V__Kingissepa_nim__kolhoos, lk 16
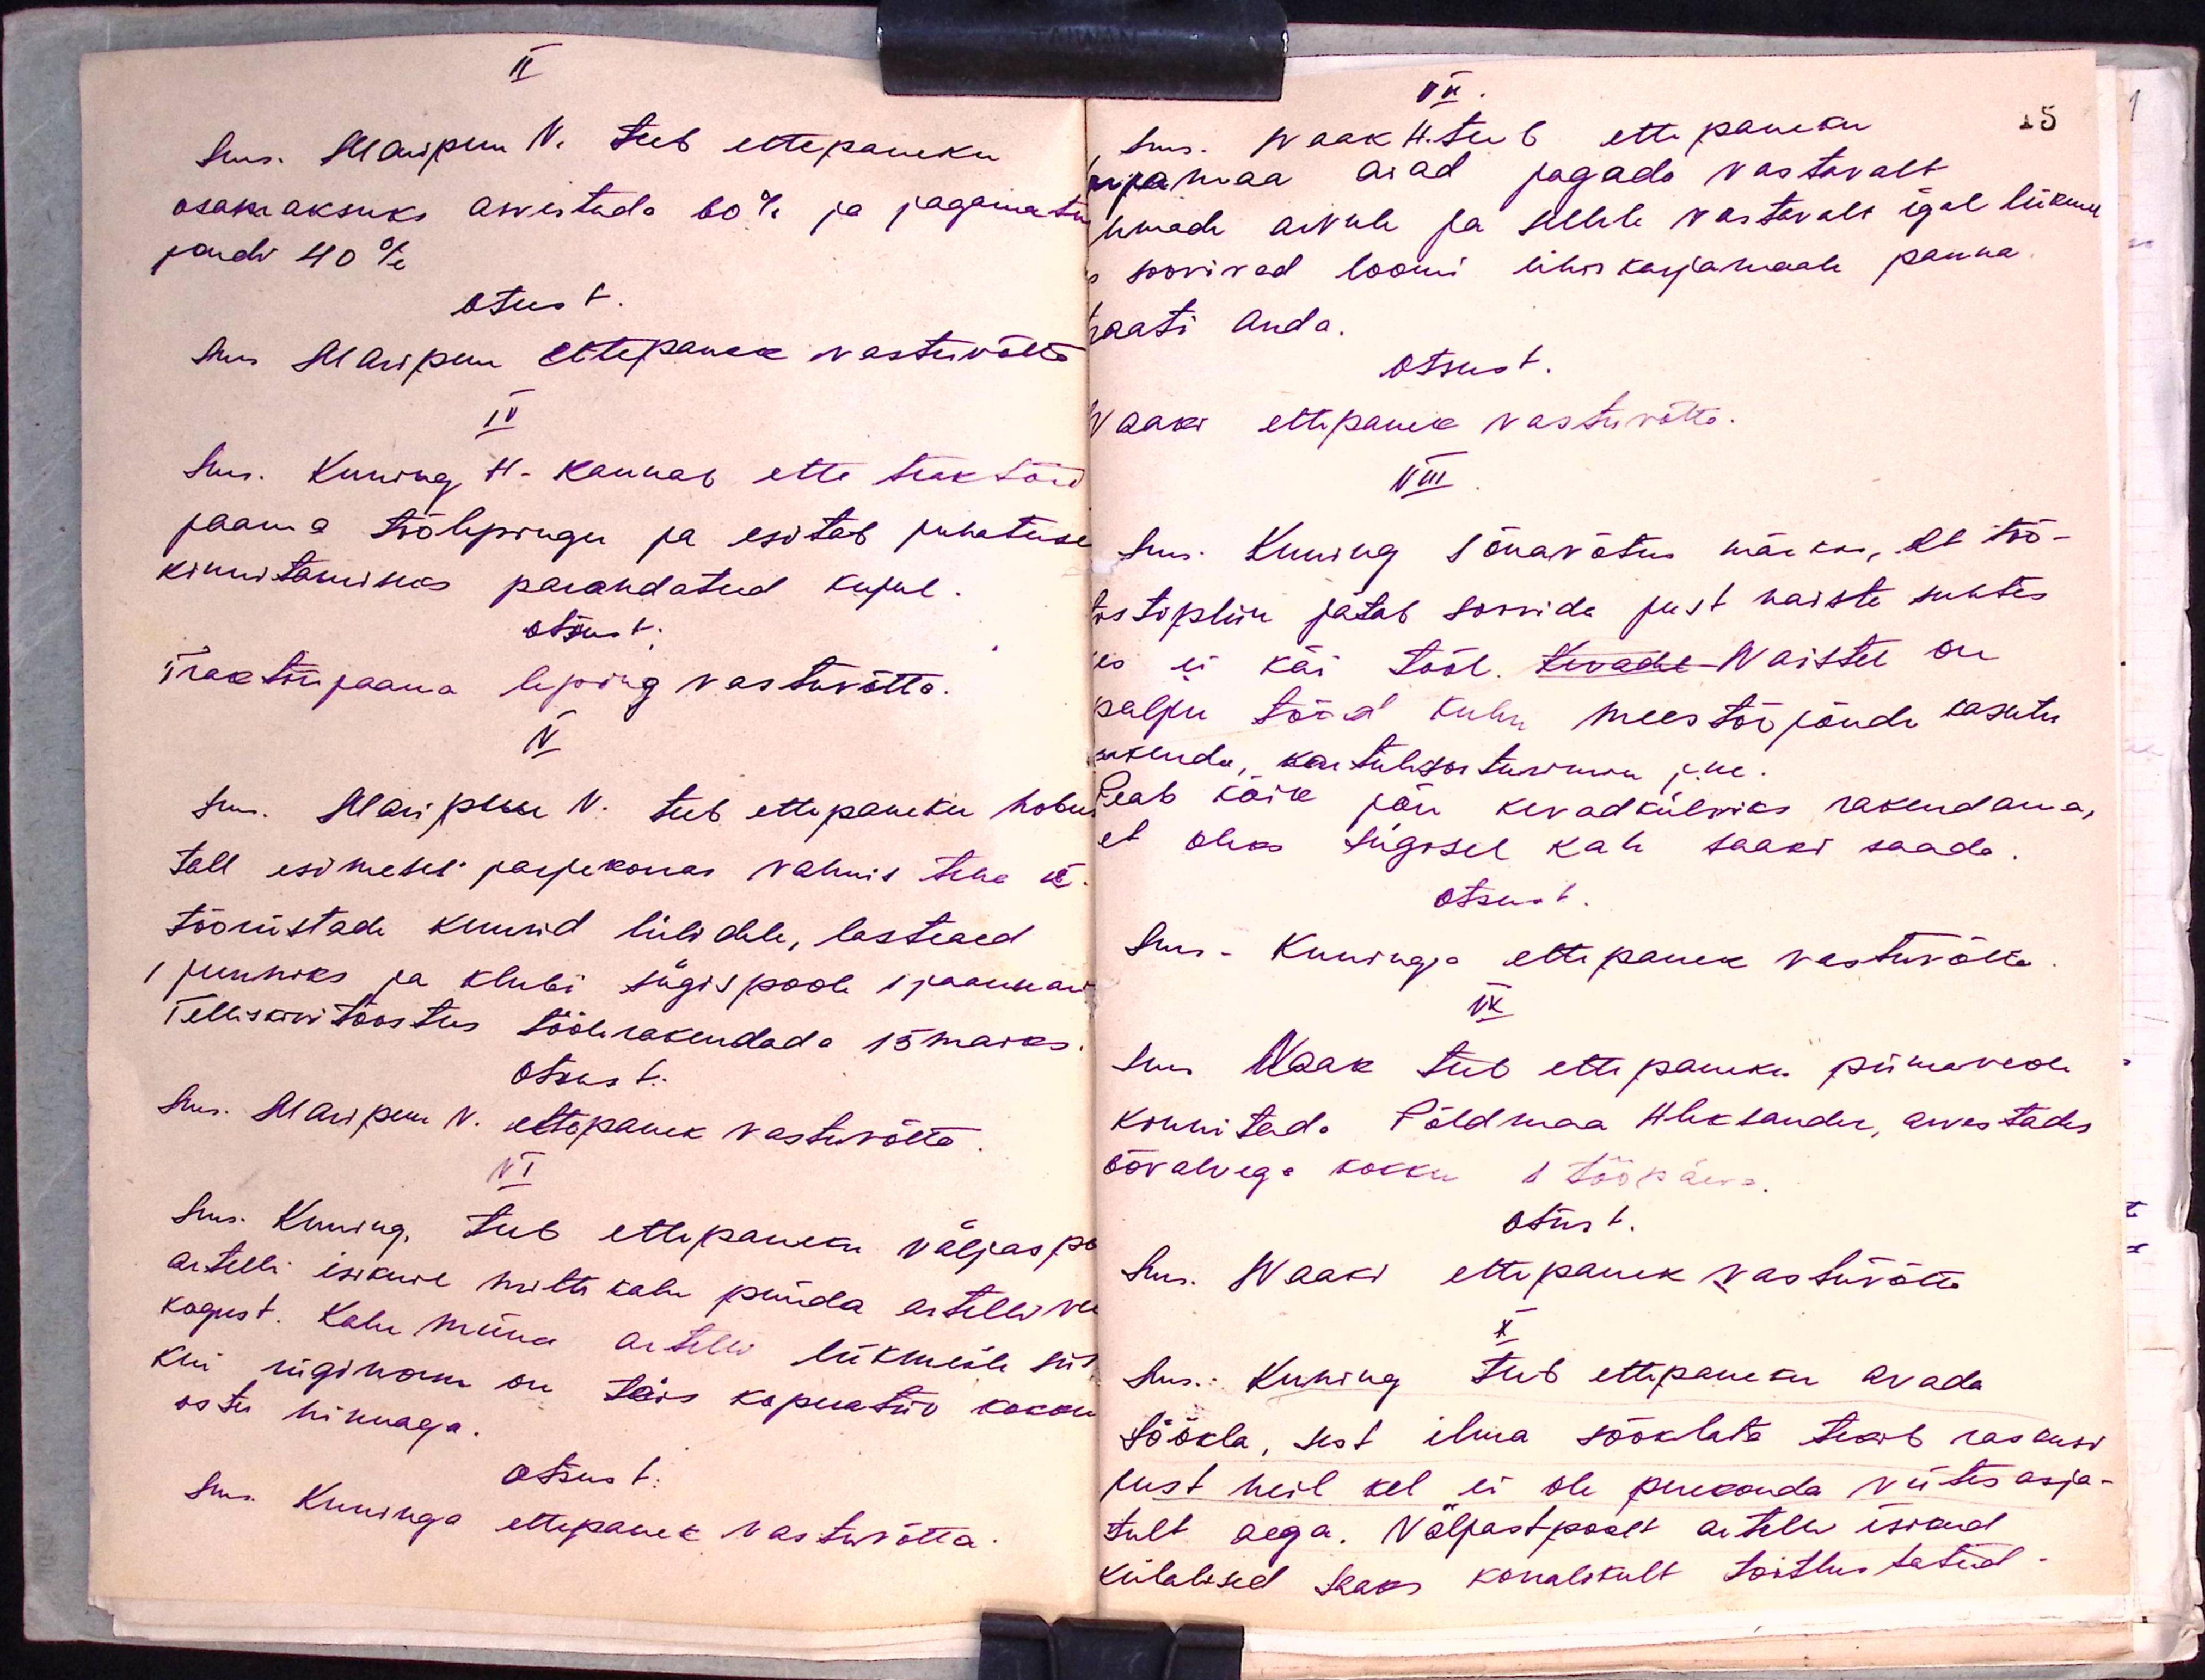
II
Sms. Maripuu N. teeb ettepaneku
osamaksuks arvestada 60% ja jagamata
pandi 40%
Otsust
Sms Maripuu ettepanek vastuvõtta
IV
Sm. Kuning H. kannab ette traktori
jaama töölepingu ja esitab juhatuse
kinnitamiseks parandatud kujul
otsust.
Traktorijaama leping vastuvõtta.
V
sm. Maripuu N. teeb ettepaneku hobu
tall esimeses järjekorras valmis teha et
tööriistada kuurid lülidele, lasteaed
1 juuniks ja klubi sügispoole 1 jaanuar
Tellisavitööstus töölerakendada 15 maras
Otsust.
Sms. Maripuu N. ettepanek vastuvõtta.
VI
Sms. Kuning teeb ettepaneku väljas po
artelli isikul mitte kalu püüda artelli ve
kogust. Kalu müüa artelli liikmeile siis
kui riiginorm on täis koguatud kokku
ostu hinnaga.
otsust.
Sm. Kuninga ettepanek vastuvõtta

VII
Sms. Naak H. teeb ettepaneku
karjamaa aiad jagada vastavalt
maade arvule ja sellele vastavalt igal liikme
soovivad loomi ühiskarjamaale panna.
traati anda.
Otsust.
Naaks ettepanek vastuvõtte.
VIII
Sm. Kuning sõnavõtus märkas, et töö-
tistipliin jätab soovida just naiste suhtes
kes ei käi tööl evade- Naistel on
palju tööd kuhu meestööjõudu kasutu
ukuda, kartulisoitusku jne.
Peab kõik jõu kevadkülviks rakendama,
et oleks sügisel kah saaki saada
Otsust
Sms. Kuninga ettepanek vastuvõtta
IX
Sms Naak teeb ettepaneku piimaveole
kinnitada Põldmaa Aleksander, arvestades
öövalvega kokku, 1 tööpäeva
otsust.
Sm. Naaki ettepanek vastuvõtta
X
Sms. Kuning teeb ettepaneku avada
söökla, sest ilma sööklata tekib raskusi
sest neil kel ei ole puukonda viites asja-
tult aega. Väljastpoolt artelli isikud
külalised saaks korralikult toitlustatud